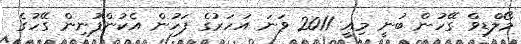
މޯލްޑިވް ގޭހުން ބުނީ މިއީ 2011 ވަނަ އަހަރުގެ ފަހުން އެކުންފުނިން ގޭހުގެ